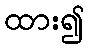
ထား၍